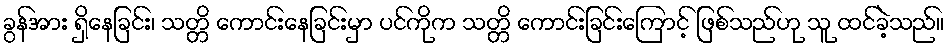
ခွန်အား ရှိနေခြင်း၊ သတ္တိ ကောင်းနေခြင်းမှာ ပင်ကိုက သတ္တိ ကောင်းခြင်းကြောင့် ဖြစ်သည်ဟု သူ ထင်ခဲ့သည်။